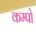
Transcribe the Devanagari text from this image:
कम्पो